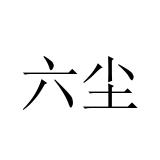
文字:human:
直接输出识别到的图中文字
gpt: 六尘